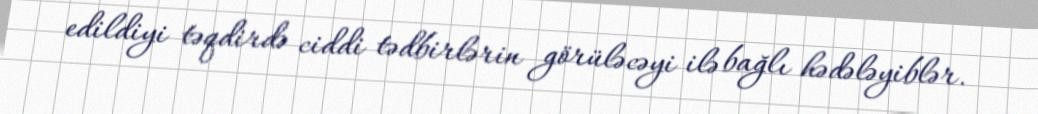
edildiyi təqdirdə ciddi tədbirlərin görüləcəyi ilə bağlı hədələyiblər.